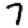
Digit: 7